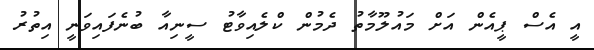
އީ އެސް ޕީއެން އަށް މައުލޫމާތު ދެމުން ކްލެއިވާޓު ސީނިއާ ބުނެފައިވަނީ އިތުރު